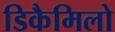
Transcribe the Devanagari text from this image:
डिकैमिलो